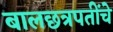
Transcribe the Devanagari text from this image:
बालछत्रपतींचे